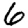
Digit: 6